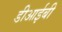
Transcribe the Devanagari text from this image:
डीआईबी